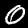
Label: 0